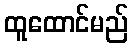
ထူထောင်မည်